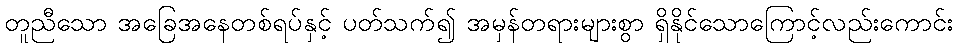
တူညီသော အခြေအနေတစ်ရပ်နှင့် ပတ်သက်၍ အမှန်တရားများစွာ ရှိနိုင်သောကြောင့်လည်းကောင်း